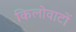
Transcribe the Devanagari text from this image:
किलोवाटों